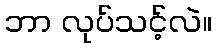
ဘာ လုပ်သင့်လဲ။